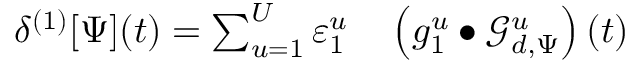
\begin{array} { r l } { \delta ^ { ( 1 ) } [ \Psi ] ( t ) = \sum _ { u = 1 } ^ { U } \varepsilon _ { 1 } ^ { u } } & { { } \left( g _ { 1 } ^ { u } \bullet \mathcal { G } _ { d , \Psi } ^ { u } \right) ( t ) } \end{array}